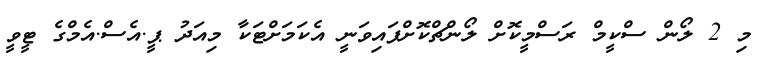
މި 2 ލޯން ސްކީމް ރަސްމީކޮށް ލޯންޗްކޮށްފައިވަނީ އެކަމަށްޓަކާ މިއަދު ޕީ.އެސް.އެމްގެ ޓީވީ